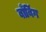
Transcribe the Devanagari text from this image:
बाँबिंग